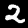
Digit: 2